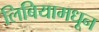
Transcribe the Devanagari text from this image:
लिबियामधून